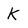
Character: K